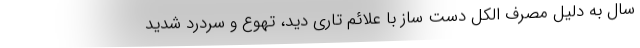
سال به دلیل مصرف الکل دست ساز با علائم تاری دید، تهوع و سردرد شدید